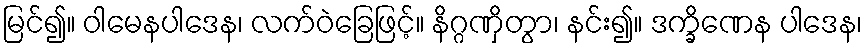
မြင်၍။ ဝါမေနပါဒေန၊ လက်ဝဲခြေဖြင့်။ နိဂ္ဂဏှိတွာ၊ နင်း၍။ ဒက္ခိဏေန ပါဒေန၊